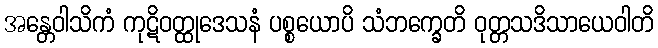
အန္တေဝါသိကံ ကုဋိဝတ္ထုဒေသနံ ပစ္စယောပိ သံဘက္ခေတိ ဝုတ္တသဒိသာယေဝါတိ